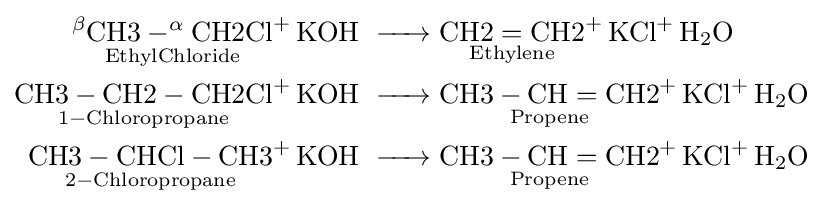
{\begin{aligned}{\ce {{\underset {Ethyl Chloride}{^{\beta}CH3-^{\alpha}CH2Cl}}+ KOH}}\ &{\ce {-> {\underset {Ethylene}{CH2=CH2}}+ {KCl}+ H2O}}\\{\ce {{\underset {1-Chloropropane}{CH3-CH2-CH2Cl}}+ KOH}}\ &{\ce {-> {\underset {Propene}{CH3-CH=CH2}}+ {KCl}+ H2O}}\\{\ce {{\underset {2-Chloropropane}{CH3-CHCl-CH3}}+ KOH}}\ &{\ce {-> {\underset {Propene}{CH3-CH=CH2}}+ {KCl}+ H2O}}\end{aligned}}